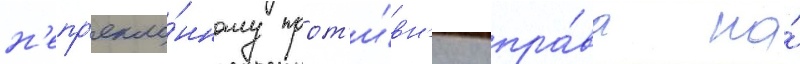
н'епр'екло́нному прот'и́вн'ику пра́ва на́